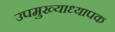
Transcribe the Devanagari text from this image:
उपमुख्याध्यापक